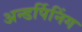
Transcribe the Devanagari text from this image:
अन्डर्पिनिंग